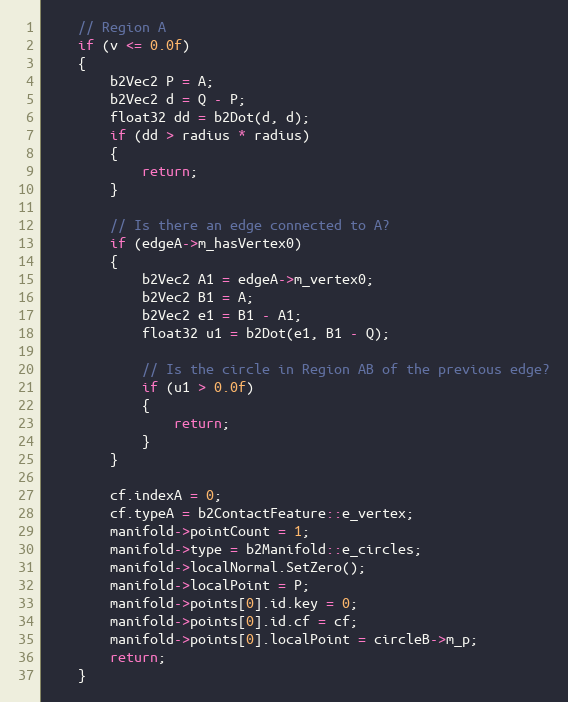
Language: C++
	// Region A
	if (v <= 0.0f)
	{
		b2Vec2 P = A;
		b2Vec2 d = Q - P;
		float32 dd = b2Dot(d, d);
		if (dd > radius * radius)
		{
			return;
		}

		// Is there an edge connected to A?
		if (edgeA->m_hasVertex0)
		{
			b2Vec2 A1 = edgeA->m_vertex0;
			b2Vec2 B1 = A;
			b2Vec2 e1 = B1 - A1;
			float32 u1 = b2Dot(e1, B1 - Q);

			// Is the circle in Region AB of the previous edge?
			if (u1 > 0.0f)
			{
				return;
			}
		}

		cf.indexA = 0;
		cf.typeA = b2ContactFeature::e_vertex;
		manifold->pointCount = 1;
		manifold->type = b2Manifold::e_circles;
		manifold->localNormal.SetZero();
		manifold->localPoint = P;
		manifold->points[0].id.key = 0;
		manifold->points[0].id.cf = cf;
		manifold->points[0].localPoint = circleB->m_p;
		return;
	}